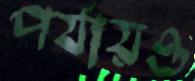
পর্যায়ও